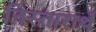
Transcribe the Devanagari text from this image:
निस्तारार्थ